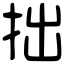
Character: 拙